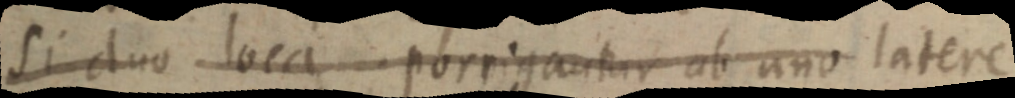
Si duo loca porrigantur ab uno latere